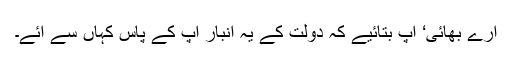
ارے بھائی‘ آپ بتائیے کہ دولت کے یہ انبار آپ کے پاس کہاں سے آئے۔